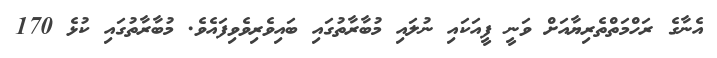
އެނާގެ ރަހްމަތްތެރިޔާއަށް ވަނީ ފީއަކައި ނުލައި މުބާރާތުގައި ބައިވެރިވެވިފައެވެ. މުބާރާތުގައި ކުޅެ 170